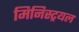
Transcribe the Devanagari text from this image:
मिनिस्ट्रयल